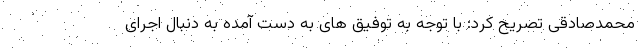
محمدصادقی تصریح کرد: با توجه به توفیق های به دست آمده به دنبال اجرای